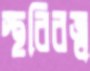
স্থবিরত্ব